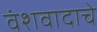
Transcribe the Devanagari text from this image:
वंशवादाचे